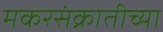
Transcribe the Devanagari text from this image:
मकरसंक्रातीच्या